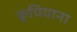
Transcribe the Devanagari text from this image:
कुचियाना